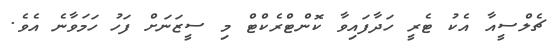
ޗެލްސީއާ އެކު ޓެރީ ހަދާފައިވާ ކޮންޓްރެކްޓް މި ސީޒަނަށް ފަހު ހަމަވާނެ އެވެ.